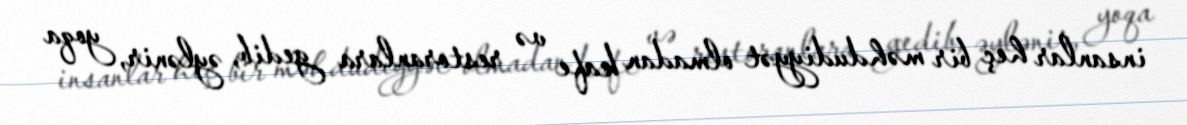
insanlar heç bir məhdudiyyət olmadan kafe və restoranlara gedib, əylənir, yoqa